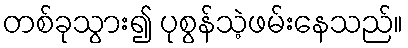
တစ်ခုသွား၍ ပုစွန်သဲ့ဖမ်းနေသည်။